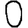
Digit: 0